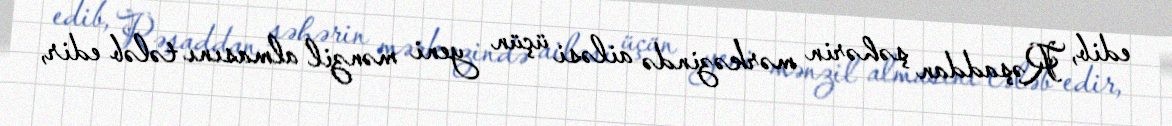
edib, Rəşaddan şəhərin mərkəzində ailəsi üçün yeni mənzil almasını tələb edir,